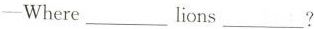
--Where ___lions___?